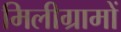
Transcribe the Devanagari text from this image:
मिलीग्रामों